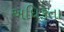
અધિકતા